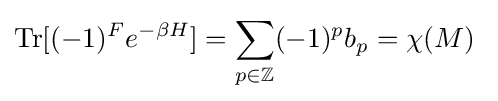
{\textrm {Tr}}[(-1)^{F}e^{-\beta H}]=\sum _{p\in \mathbb {Z} }(-1)^{p}b_{p}=\chi (M)\